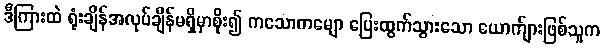
ဒီကြားထဲ ရုံးချိန်အလုပ်ချိန်မရှိမှာစိုး၍ ကသောကမျော ပြေးထွက်သွားသော ယောက်ျားဖြစ်သူက